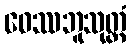
ဝေဿဘူသုတ္တံ